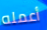
أعمله